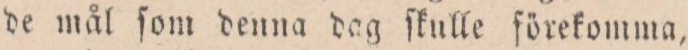
de mål ſom denna dag ſkulle förekomma,